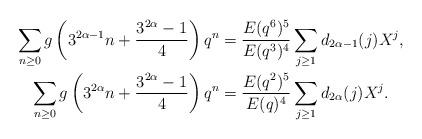
LaTeX: \begin{align*}\sum_{n\ge 0} g\left(3^{2\alpha-1}n+\frac{3^{2\alpha}-1}{4}\right)q^n&=\frac{E(q^{6})^5}{E(q^3)^4}\sum_{j\ge 1}d_{2\alpha-1}(j)X^j,\\\sum_{n\ge 0} g\left(3^{2\alpha}n+\frac{3^{2\alpha}-1}{4}\right) q^n&=\frac{E(q^{2})^5}{E(q)^4}\sum_{j\ge 1}d_{2\alpha}(j)X^j.\end{align*}